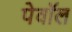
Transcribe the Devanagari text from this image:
पेवॉल